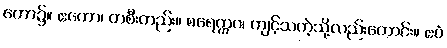
တော၌။ ဧကော၊ တစီးတည်း။ စရေဣဝ၊ ကျင့်သကဲ့သို့လည်းကောင်း။ ဧဝံ